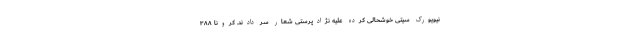
نیویورک سیتی خوشحالی کرده علیه نژادپرستی شعار سر دادند. کرونا ۳۸۸